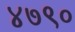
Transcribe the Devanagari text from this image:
४७९०